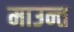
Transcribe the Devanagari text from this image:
माउन्त